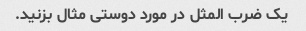
یک ضرب المثل در مورد دوستی مثال بزنید.